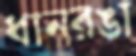
ধানরঙা